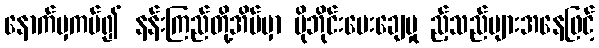
နောက်မှကပ်၍ နန်းကြည်တို့အိမ်မှာ မိုဘိုင်းပေးချေမှု ည့်သည်များအနေဖြင့်